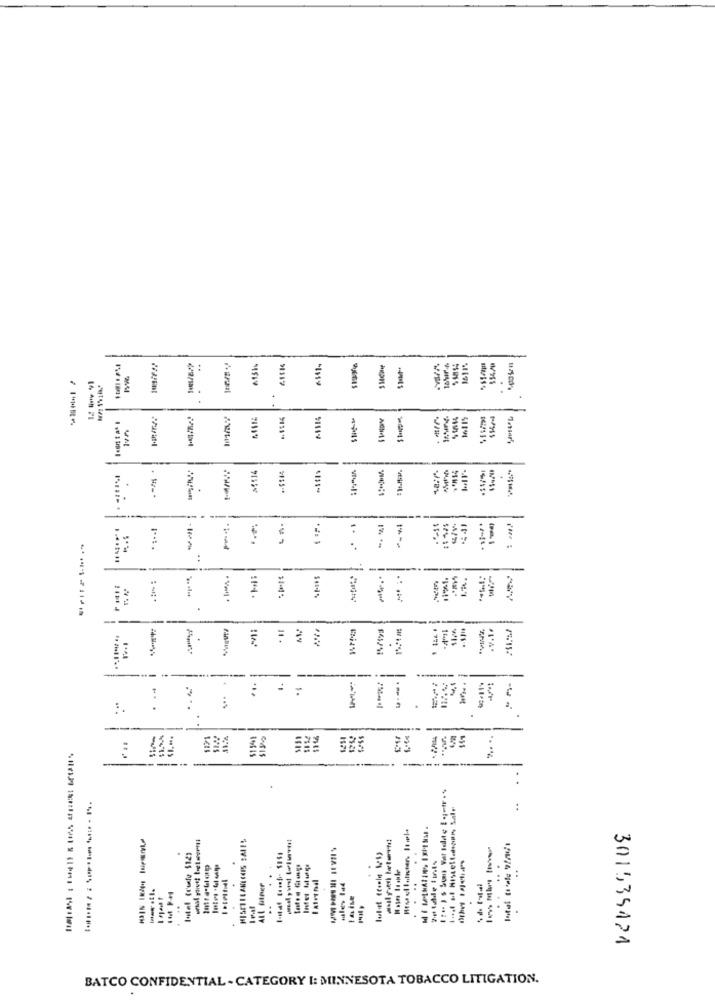
..
.
.
-----
1 .
--
119%1.
"467
-*-------
11
.V.1.
F
.
----
.
1571
-
----
:
Intel Cruxfu $12)
Intet Id 41;
ALL Atner
ales 144
. ..
..
.. .
------- --......
301534474
BATCO CONFIDENTIAL - CATEGORY I: MINNESOTA TOBACCO LITIGATION.